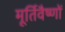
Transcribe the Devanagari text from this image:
मूर्तिवैष्णों